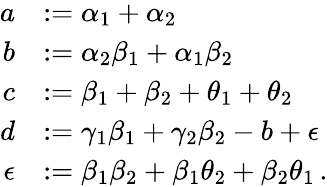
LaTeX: \begin{array}{rl}{a}&{:=\alpha_{1}+\alpha_{2}}\\ {b}&{:=\alpha_{2}\beta_{1}+\alpha_{1}\beta_{2}}\\ {c}&{:=\beta_{1}+\beta_{2}+\theta_{1}+\theta_{2}}\\ {d}&{:=\gamma_{1}\beta_{1}+\gamma_{2}\beta_{2}-b+\epsilon}\\ {\epsilon}&{:=\beta_{1}\beta_{2}+\beta_{1}\theta_{2}+\beta_{2}\theta_{1}\, .}\end{array}